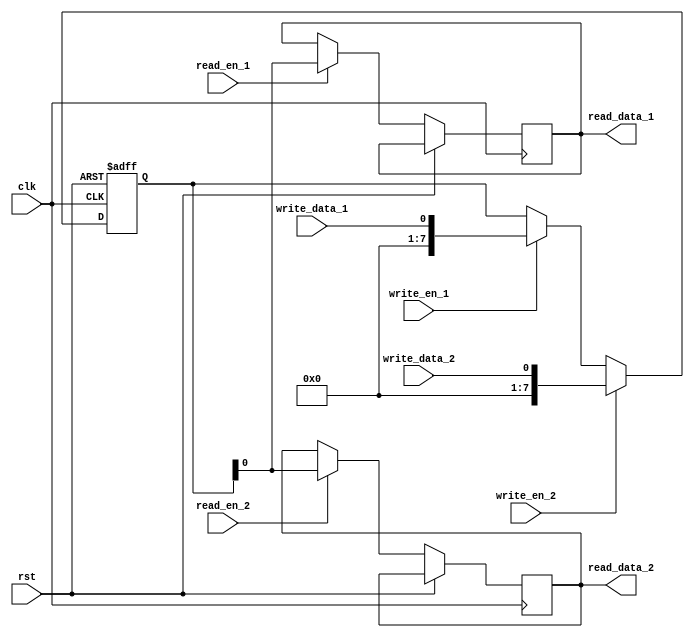
module dual_port_register (
    input wire clk,
    input wire rst,
    input wire write_en_1,
    input wire write_data_1,
    input wire read_en_1,
    output reg read_data_1,
    input wire write_en_2,
    input wire write_data_2,
    input wire read_en_2,
    output reg read_data_2
);

reg [7:0] data;

always @(posedge clk or posedge rst) begin
    if (rst) begin
        data <= 8'b0;
    end else begin
        if (write_en_1) begin
            data <= write_data_1;
        end
        if (read_en_1) begin
            read_data_1 <= data;
        end

        if (write_en_2) begin
            data <= write_data_2;
        end
        if (read_en_2) begin
            read_data_2 <= data;
        end
    end
end

endmodule